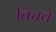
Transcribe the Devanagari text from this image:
बिचवे